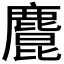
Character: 𪋆